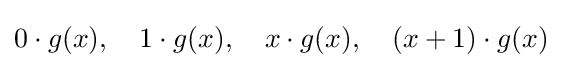
0\cdot g(x),\quad 1\cdot g(x),\quad x\cdot g(x),\quad (x+1)\cdot g(x)